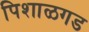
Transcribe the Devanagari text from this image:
पिशाळगड